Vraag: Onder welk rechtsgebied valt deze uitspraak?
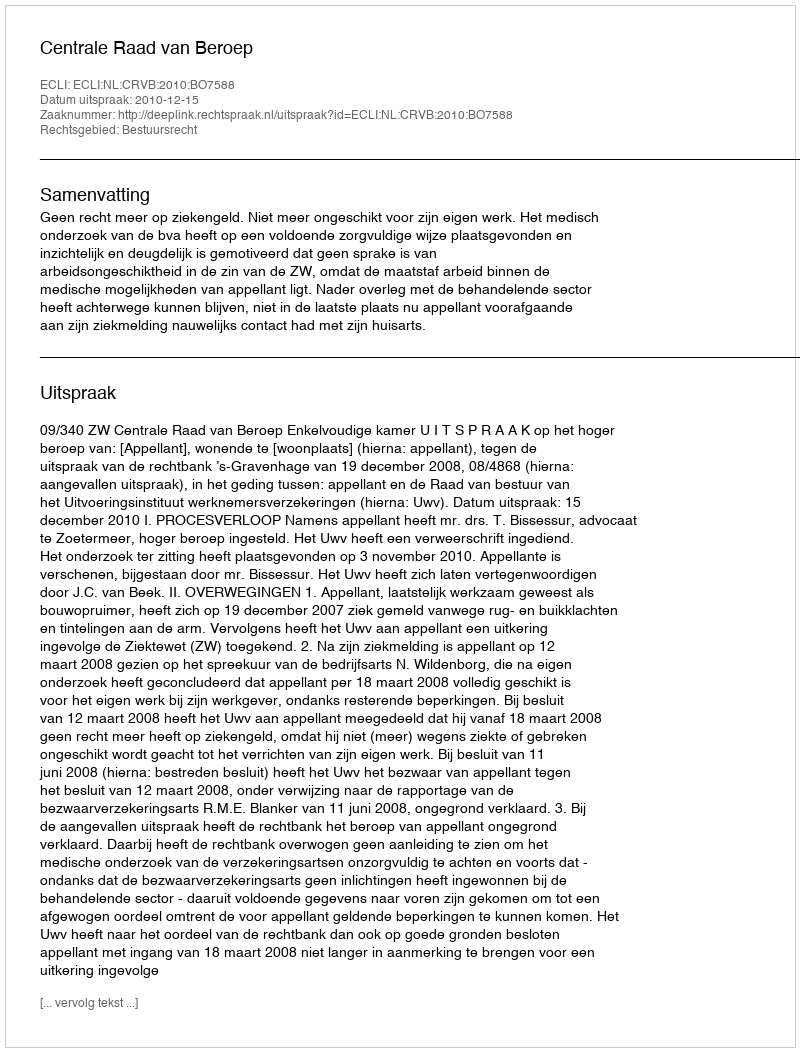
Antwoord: Bestuursrecht